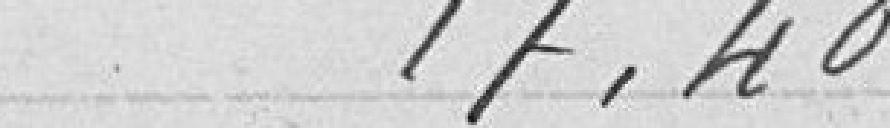
17.40